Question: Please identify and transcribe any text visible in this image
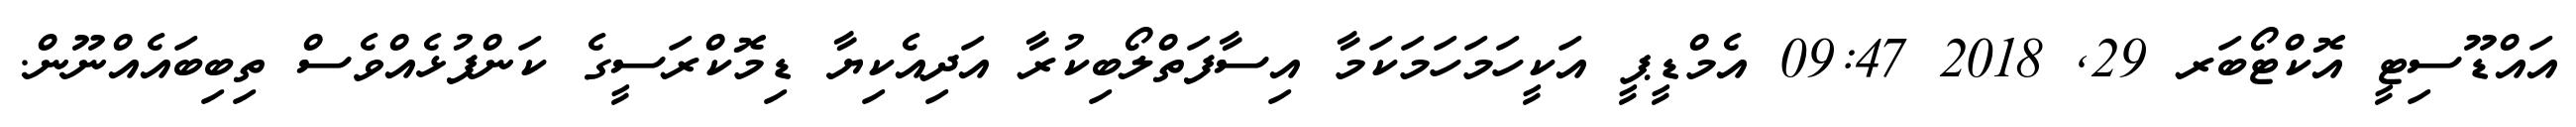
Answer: އައްޑޫސިޓީ އޮކްޓޯބަރ 29, 2018 09:47 އެމްޑީޕީ އަކީހަމަހަމަކަމާ އިސާފަތްލޯބިކުރާ އަދިއެކިޔާ ޑިމޮކްރަސީގެ ކަންފުޅެއްވެސް ތިބިބައެއްނޫން.